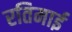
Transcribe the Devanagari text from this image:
रतिमाई